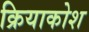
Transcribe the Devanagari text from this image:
क्रियाकोश